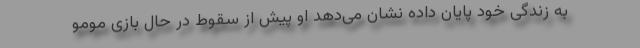
به زندگی خود پایان داده نشان می‌دهد او پیش از سقوط در حال بازی مومو